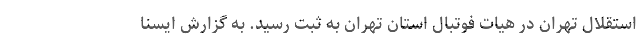
استقلال تهران در هیات فوتبال استان تهران به ثبت رسید. به گزارش ایسنا